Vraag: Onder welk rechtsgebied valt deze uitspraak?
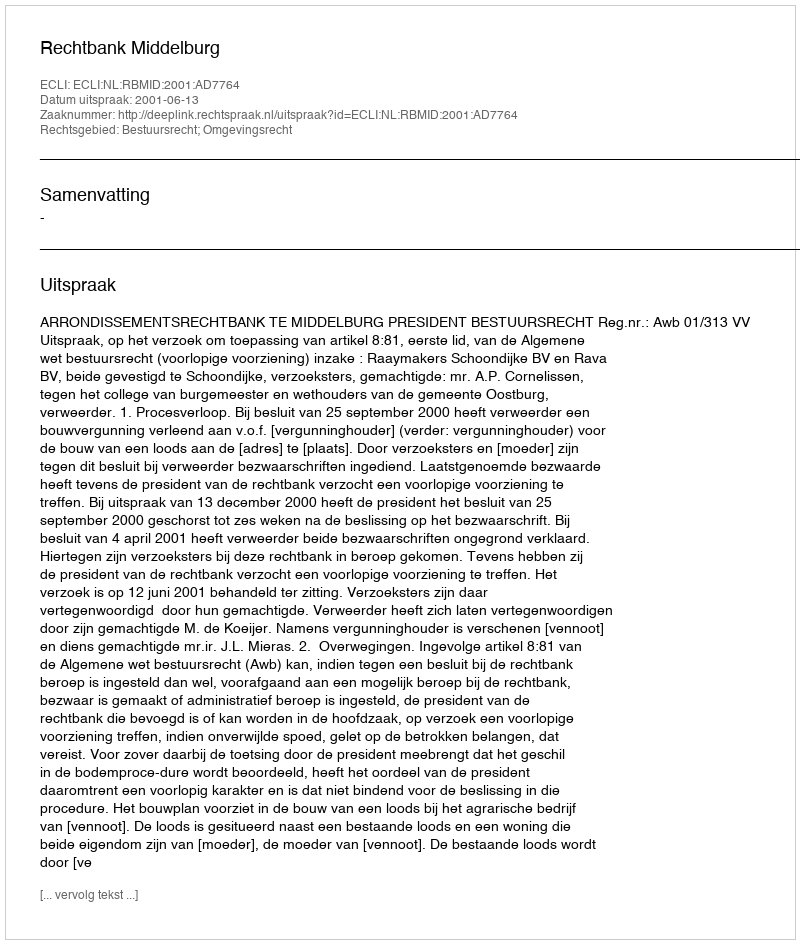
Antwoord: Bestuursrecht; Omgevingsrecht